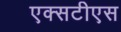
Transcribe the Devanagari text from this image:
एक्सटीएस